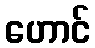
ဟောင်